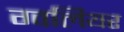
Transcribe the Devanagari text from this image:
ग्वलियर